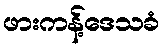
ဖားကန့်ဒေသခံ